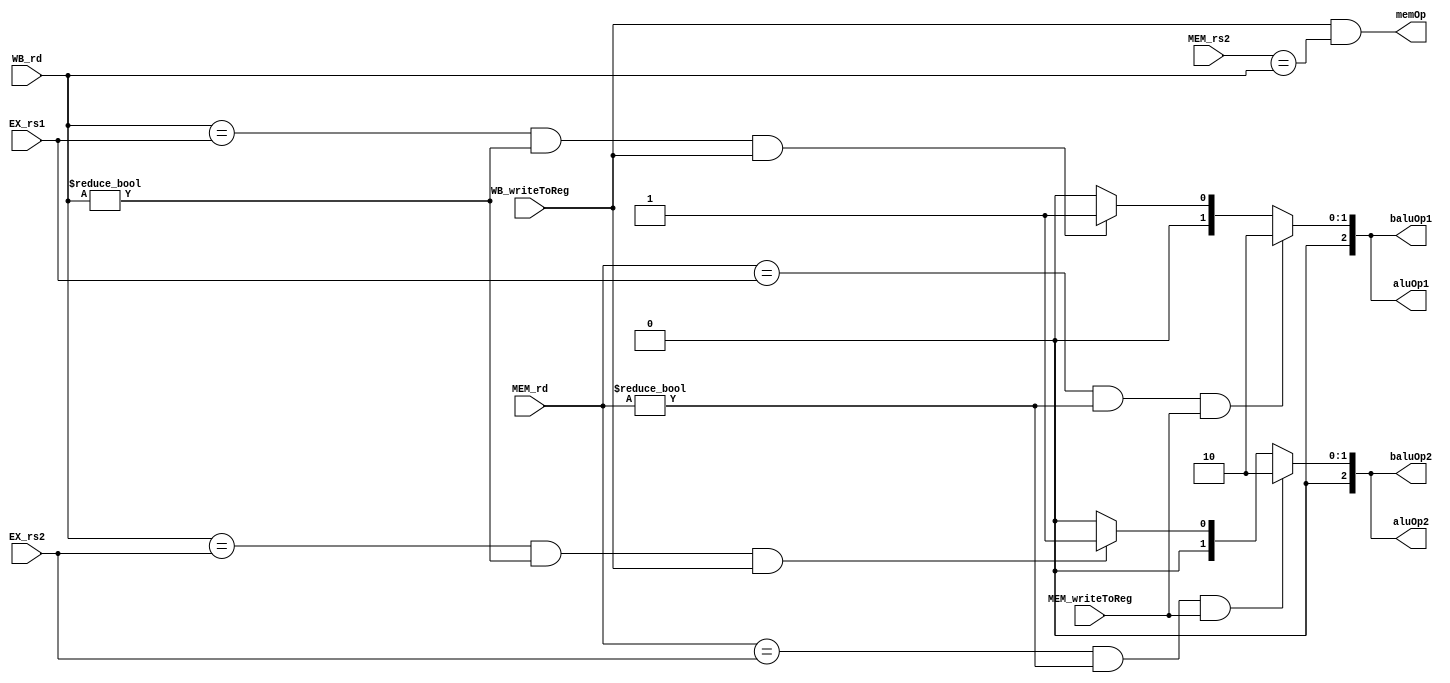
module forwardUnit(
	input wire[4:0] EX_rs1,
	input wire[4:0] EX_rs2,
	input wire[4:0] MEM_rs2,
	input wire[4:0] MEM_rd,
	input wire[4:0] WB_rd,
	input wire MEM_writeToReg,
	input wire WB_writeToReg,
	output wire[2:0] aluOp1,
	output wire[2:0] aluOp2,
	output wire[2:0] baluOp1,
	output wire[2:0] baluOp2,
	output wire memOp
);

	reg[2:0] aluOp1_r;
	reg[2:0] aluOp2_r;
	reg[2:0] baluOp1_r;
	reg[2:0] baluOp2_r;

	assign aluOp1 = aluOp1_r;
	assign aluOp2 = aluOp2_r;
	assign baluOp1 = baluOp1_r;
	assign baluOp2 = baluOp2_r;

	always @(*) begin
		/* MEM should be prioritized over WB */
		if (MEM_rd == EX_rs1 && MEM_rd !=0 && MEM_writeToReg) begin
			aluOp1_r = 3'b010;
			baluOp1_r = 3'b010;
		end

		/* WB forward */
		else if (WB_rd == EX_rs1 && WB_rd != 0 && WB_writeToReg) begin
			aluOp1_r = 3'b001;
			baluOp1_r = 3'b001;
		end

		/* no forward */
		else begin
			aluOp1_r = 3'b000;
			baluOp1_r = 3'b000;
		end
	end

	always @(*) begin
		/* MEM should be prioritized over WB */
		if (MEM_rd == EX_rs2 && MEM_rd !=0 && MEM_writeToReg) begin
			aluOp2_r = 3'b010;
			baluOp2_r = 3'b010;
		end

		else if (WB_rd == EX_rs2 && WB_rd != 0 && WB_writeToReg) begin
			aluOp2_r = 3'b001;
			baluOp2_r = 3'b001;
		end

		else begin
			aluOp2_r = 3'b000;
			baluOp2_r = 3'b000;
		end
	end

	assign memOp = WB_writeToReg && (MEM_rs2 == WB_rd);

endmodule